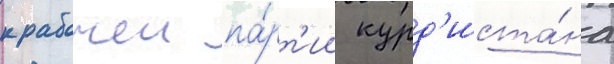
к рабочеи па́рт'ии курд'иста́на